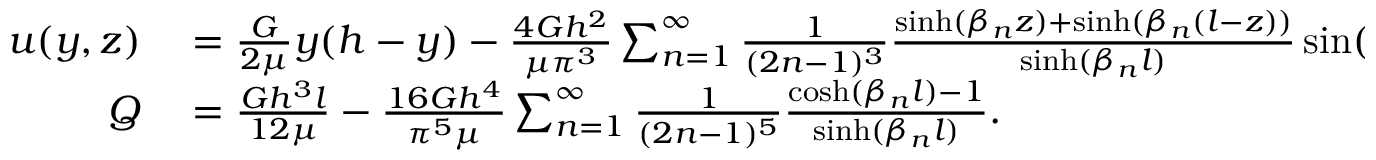
\begin{array} { r l } { u ( y , z ) } & { { } = { \frac { G } { 2 \mu } } y ( h - y ) - { \frac { 4 G h ^ { 2 } } { \mu \pi ^ { 3 } } } \sum _ { n = 1 } ^ { \infty } { \frac { 1 } { ( 2 n - 1 ) ^ { 3 } } } { \frac { \sinh ( \beta _ { n } z ) + \sinh ( \beta _ { n } ( l - z ) ) } { \sinh ( \beta _ { n } l ) } } \sin ( \beta _ { n } y ) , \quad \beta _ { n } = { \frac { ( 2 n - 1 ) \pi } { h } } , } \\ { Q } & { { } = { \frac { G h ^ { 3 } l } { 1 2 \mu } } - { \frac { 1 6 G h ^ { 4 } } { \pi ^ { 5 } \mu } } \sum _ { n = 1 } ^ { \infty } { \frac { 1 } { ( 2 n - 1 ) ^ { 5 } } } { \frac { \cosh ( \beta _ { n } l ) - 1 } { \sinh ( \beta _ { n } l ) } } . } \end{array}